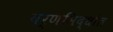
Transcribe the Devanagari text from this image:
वर्णसिद्धांत